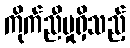
ကိုက်ညီမှုရှိသည့်